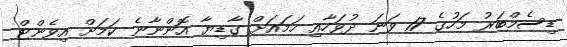
ޑިސެމްބަރު މަހުގެ 17 ވަނަ ދުވަހާއި ހަމައަށް ގާޑިޔާ އޮންނާނެ ކަމަށް އިވެންޓް